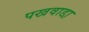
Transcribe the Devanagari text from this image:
पखवाडा़